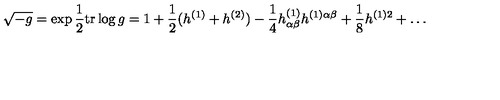
\sqrt { - g } = \exp { \frac { 1 } { 2 } } \mathrm { t r } \log g = 1 + { \frac { 1 } { 2 } } ( h ^ { ( 1 ) } + h ^ { ( 2 ) } ) - { \frac { 1 } { 4 } } h _ { \alpha \beta } ^ { ( 1 ) } h ^ { ( 1 ) \alpha \beta } + { \frac { 1 } { 8 } } h ^ { ( 1 ) 2 } + \ldots